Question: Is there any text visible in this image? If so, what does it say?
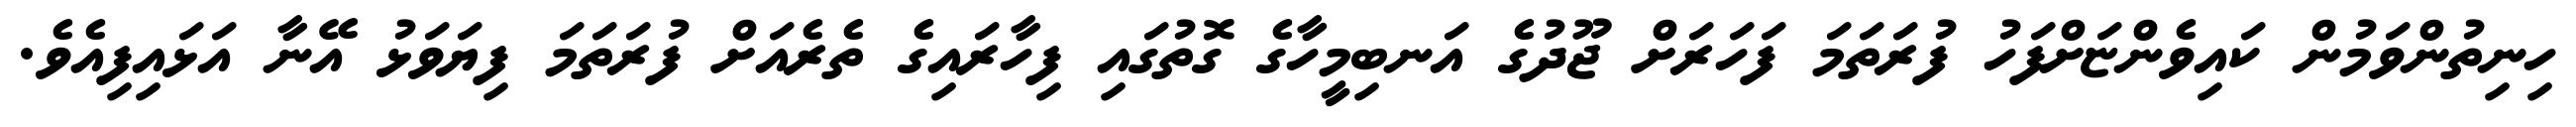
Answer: ހިނިތުންވަމުން ކައިވެންޏަށްފަހު ފުރަތަމަ ފަހަރަށް ޖޫދުގެ އަނބިމީހާގެ ގޮތުގައި ފިހާރައިގެ ތެރެއަށް ފުރަތަމަ ފިޔަވަޅު އޭނާ އަޅައިފިއެވެ.